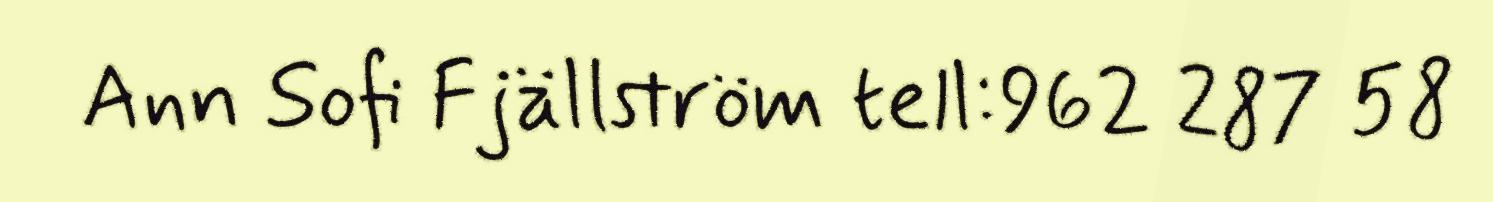
Ann Sofi Fjällström tell:962 287 58